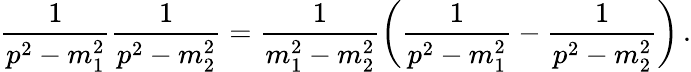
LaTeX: \frac{1}{p^{2}-m_{1}^{2}}\frac{1}{p^{2}-m_{2}^{2}}=\frac{1}{m_{1}^{2}-m_{2}^{2}}\bigg(\frac{1}{p^{2}-m_{1}^{2}}-\frac{1}{p^{2}-m_{2}^{2}}\bigg)\, .